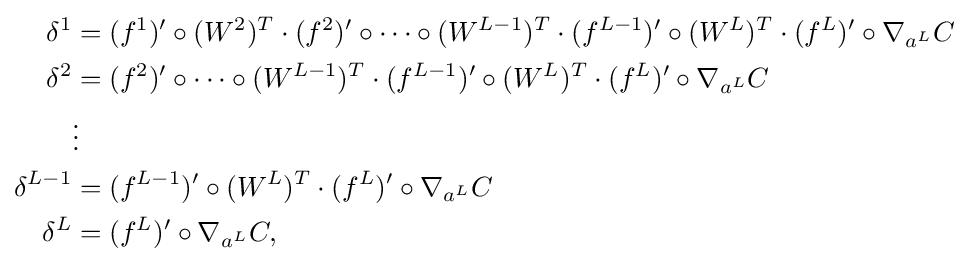
{\begin{aligned}\delta ^{1}&=(f^{1})'\circ (W^{2})^{T}\cdot (f^{2})'\circ \cdots \circ (W^{L-1})^{T}\cdot (f^{L-1})'\circ (W^{L})^{T}\cdot (f^{L})'\circ \nabla _{a^{L}}C\\\delta ^{2}&=(f^{2})'\circ \cdots \circ (W^{L-1})^{T}\cdot (f^{L-1})'\circ (W^{L})^{T}\cdot (f^{L})'\circ \nabla _{a^{L}}C\\&\vdots \\\delta ^{L-1}&=(f^{L-1})'\circ (W^{L})^{T}\cdot (f^{L})'\circ \nabla _{a^{L}}C\\\delta ^{L}&=(f^{L})'\circ \nabla _{a^{L}}C,\end{aligned}}